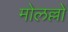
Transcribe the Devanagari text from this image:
मोलल्लों